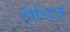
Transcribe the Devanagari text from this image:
टीथिज